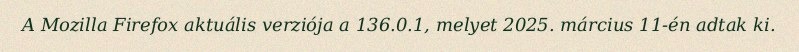
A Mozilla Firefox aktuális verziója a 136.0.1, melyet 2025. március 11-én adtak ki.